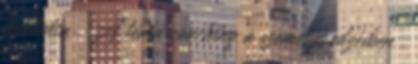
tanította . A téma coaching a személyi edzésben .